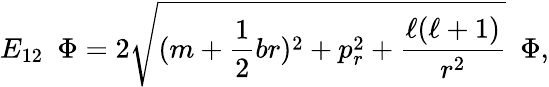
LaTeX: E_{12}~~\Phi=2\sqrt{(m+\frac{1}{2}br)^{2}+p_{r}^{2}+\frac{\ell(\ell+1)}{r^{2}}}~~\Phi,